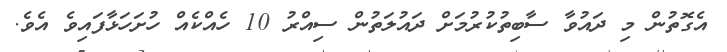
އެގޮތުން މި ދައުވާ ސާބިތުކުރުމަށް ދައުލަތުން ސިއްރު 10 ހެއްކެއް ހުށަހަޅާފައިވެ އެވެ.